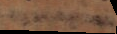
a